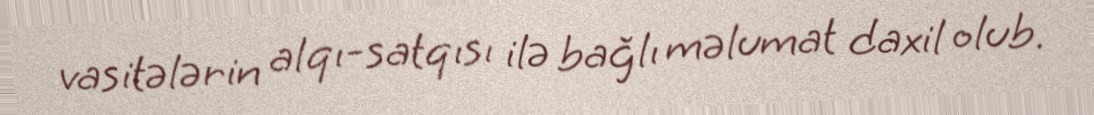
vasitələrin alqı-satqısı ilə bağlı məlumat daxil olub.